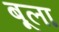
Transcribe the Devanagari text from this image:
बूला